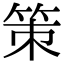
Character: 策